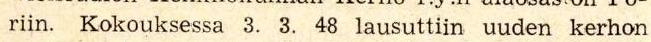
riin. Kokouksessa 3. 3. 48 lausuttiin uuden kerhon